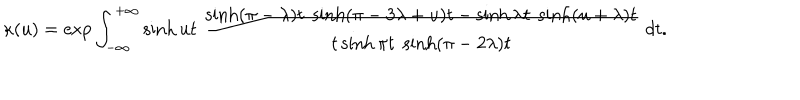
\kappa ( u ) = \exp \int _ { - \infty } ^ { + \infty } \sinh u t \; \frac { \sinh ( \pi - \lambda ) t \; \sinh ( \pi - 3 \lambda + u ) t - \sinh \lambda t \; \sinh ( u + \lambda ) t } { t \sinh \pi t \; \sinh ( \pi - 2 \lambda ) t } \; d t .